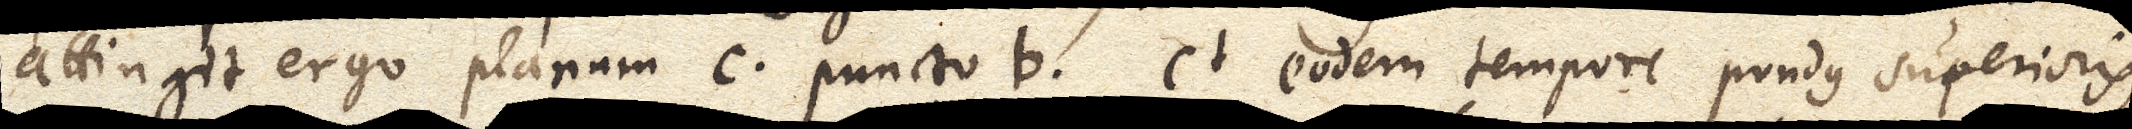
attingit ergo planum c puncto b et eodem tempore pondus superioris,